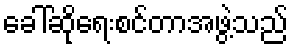
ခေါ်ဆိုရေးစင်တာအဖွဲ့သည်